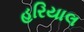
હરિયાલ